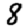
Digit: 8